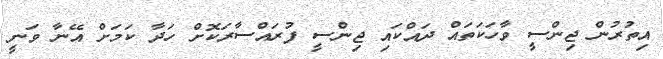
އިތުރުން ޖިންސީ ވާހަކަތައް ދައްކައި ޖިންސީ ފުރައްސާރަކޮށް ހަދާ ކަމަށް އޭނާ ވަނީ